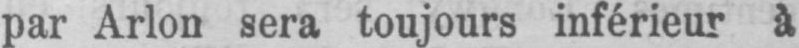
par Arlon sera toujours inférieur à